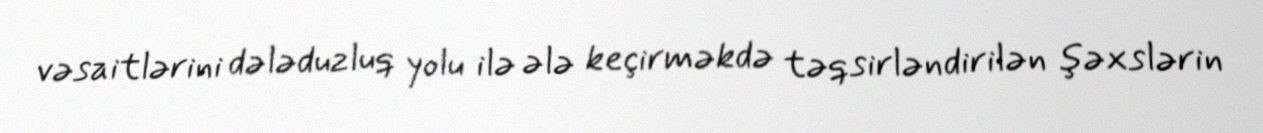
vəsaitlərini dələduzluq yolu ilə ələ keçirməkdə təqsirləndirilən şəxslərin